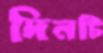
দিনটি